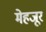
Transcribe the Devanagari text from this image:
मेहजूर